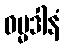
ဓမ္မဒါနံ